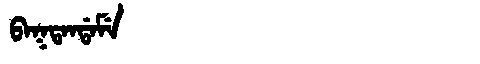
Manchu: ᠪᠠᡴᡨᠠᠨᡩᠠᠮᡝ
Romanization: BAKTANDAME